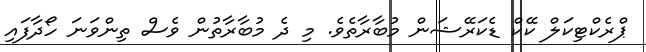
ޕްރެކްޓިކަލް ކޭކް ޑެކަރޭޝަން މުބާރާތެވެ. މި ދެ މުބާރާތުން ވެސް ތިންވަނަ ހޯދާފައި